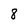
Character: 8